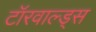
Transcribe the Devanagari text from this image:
टॉरवाल्ड्स